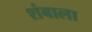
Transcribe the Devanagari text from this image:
शंबाला